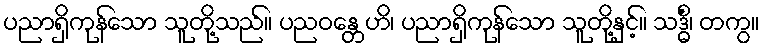
ပညာရှိကုန်သော သူတို့သည်။ ပညဝန္တေဟိ၊ ပညာရှိကုန်သော သူတို့နှင့်။ သဒ္ဓိံ၊ တကွ။